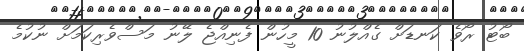
ބޯޓު ރޯވެ ކަނޑަށް ގެއްލުނު 10 މީހުން ފެނިއްޖެ ލޭނު މަސްވެރިކަމަށް ނުކުމެ